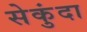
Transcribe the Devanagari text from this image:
सेकुंदा